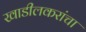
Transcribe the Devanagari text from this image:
खाडीलकरांचा